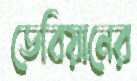
ডেবিয়ানের